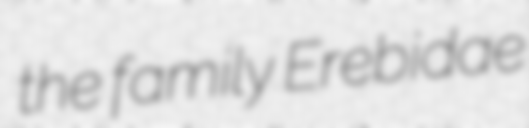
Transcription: the family Erebidae